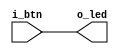
module led (input i_btn, output o_led);

    assign o_led = i_btn;

endmodule